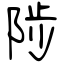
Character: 陟